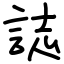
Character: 誌